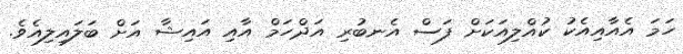
ހަމަ އެއާއިއެކު ކުއްލިއަކަށް ފަސް އެނބުރި އަދްހަމް އާއި އައިޝާ އަށް ބަލައިލިއެވެ.